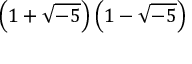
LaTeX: \left( 1 + { \sqrt { - 5 } } \right) \left( 1 - { \sqrt { - 5 } } \right)